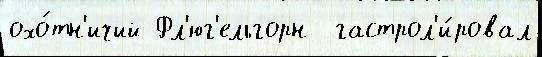
охо́тн'ичий Фл'юг'ельгорн  гастрол'и́ровал